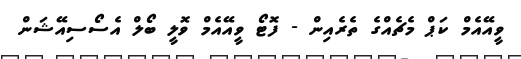
ވީއޭއެމް ކަޕް މެޗެއްގެ ތެރެއިން - ފޮޓޯ ވީއޭއެމް ވޮލީ ބޯލް އެސޯސިއޭޝަން